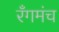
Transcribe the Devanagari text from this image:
रँगमंच